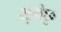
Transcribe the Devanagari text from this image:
शुभेछु